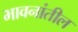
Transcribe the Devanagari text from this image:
भावनांतील